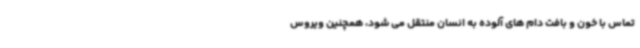
تماس با خون و بافت دام های آلوده به انسان منتقل می شود، همچنین ویروس